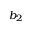
b _ { 2 }